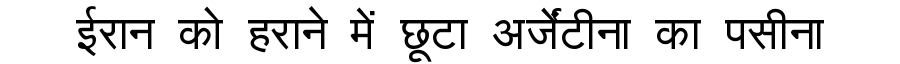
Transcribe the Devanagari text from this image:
ईरान को हराने में छूटा अर्जेंटीना का पसीना